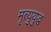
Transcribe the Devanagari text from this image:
मृत्युयुद्ध